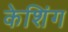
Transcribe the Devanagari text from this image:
केशिंग